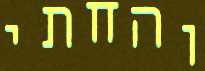
והחתי